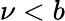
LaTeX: \nu<b